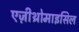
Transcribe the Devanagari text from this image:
एज़ीथ्रोमाइसिल